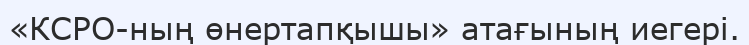
«КСРО-ның өнертапқышы» атағының иегері.